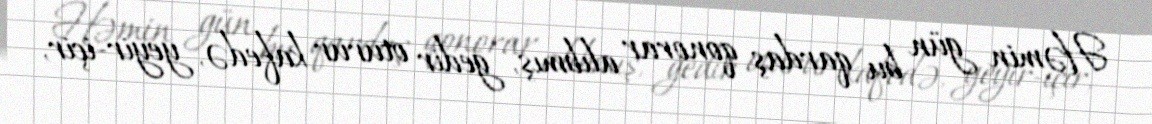
Həmin gün bu qardaş qonorar alıbmış, gedir oturur kafedə, yeyir-içir,